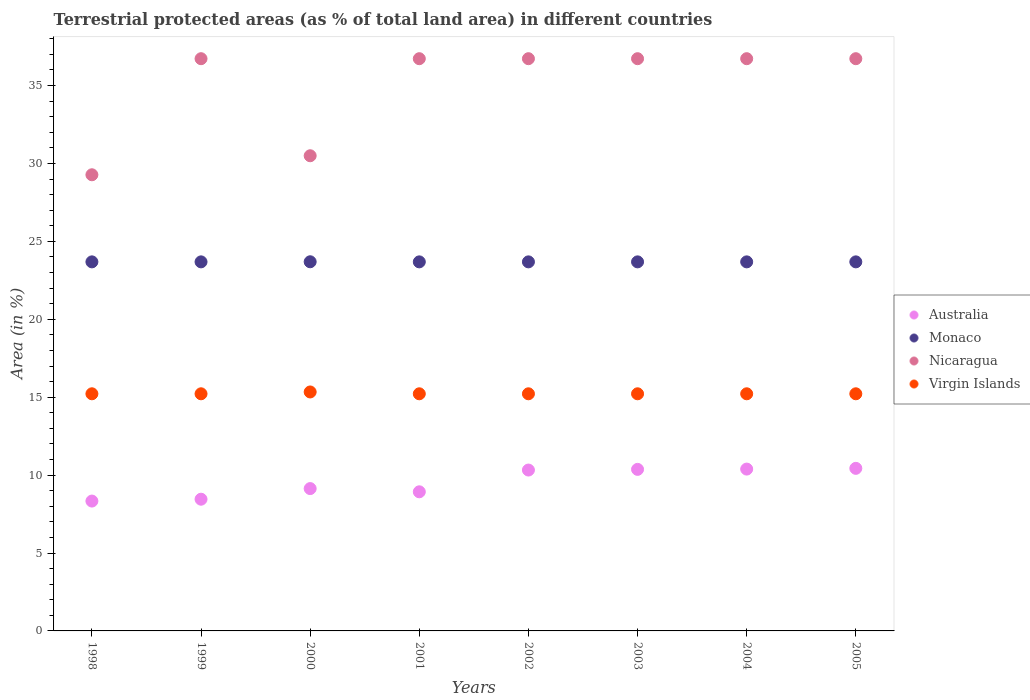
| Years | Australia | Monaco | Nicaragua | Virgin Islands |
 | --- | --- | --- | --- | --- |
 | 1998 | 8.33 | 23.7 | 29.3 | 15.2 |
 | 1999 | 8.45 | 23.7 | 36.7 | 15.2 |
 | 2000 | 9.13 | 23.7 | 30.5 | 15.3 |
 | 2001 | 8.93 | 23.7 | 36.7 | 15.2 |
 | 2002 | 10.3 | 23.7 | 36.7 | 15.2 |
 | 2003 | 10.4 | 23.7 | 36.7 | 15.2 |
 | 2004 | 10.4 | 23.7 | 36.7 | 15.2 |
 | 2005 | 10.4 | 23.7 | 36.7 | 15.2 |